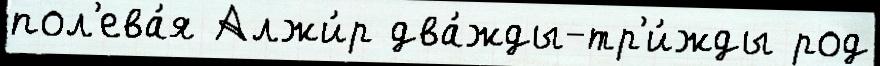
пол'ева́я Алжи́р два́жды-тр'и́жды род